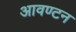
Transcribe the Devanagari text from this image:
आवण्टन